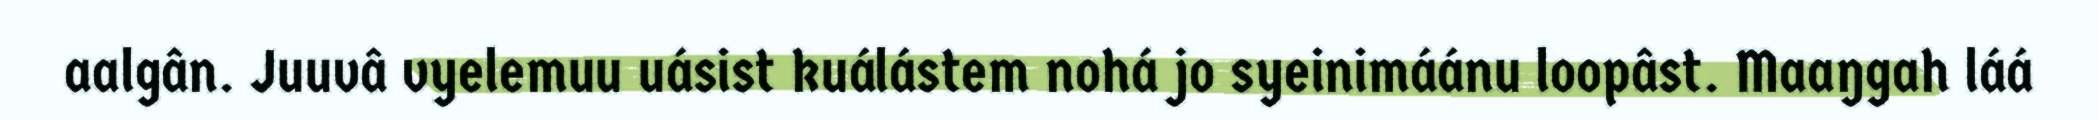
aalgân. Juuvâ vyelemuu uásist kuálástem nohá jo syeinimáánu loopâst. Maaŋgah láá